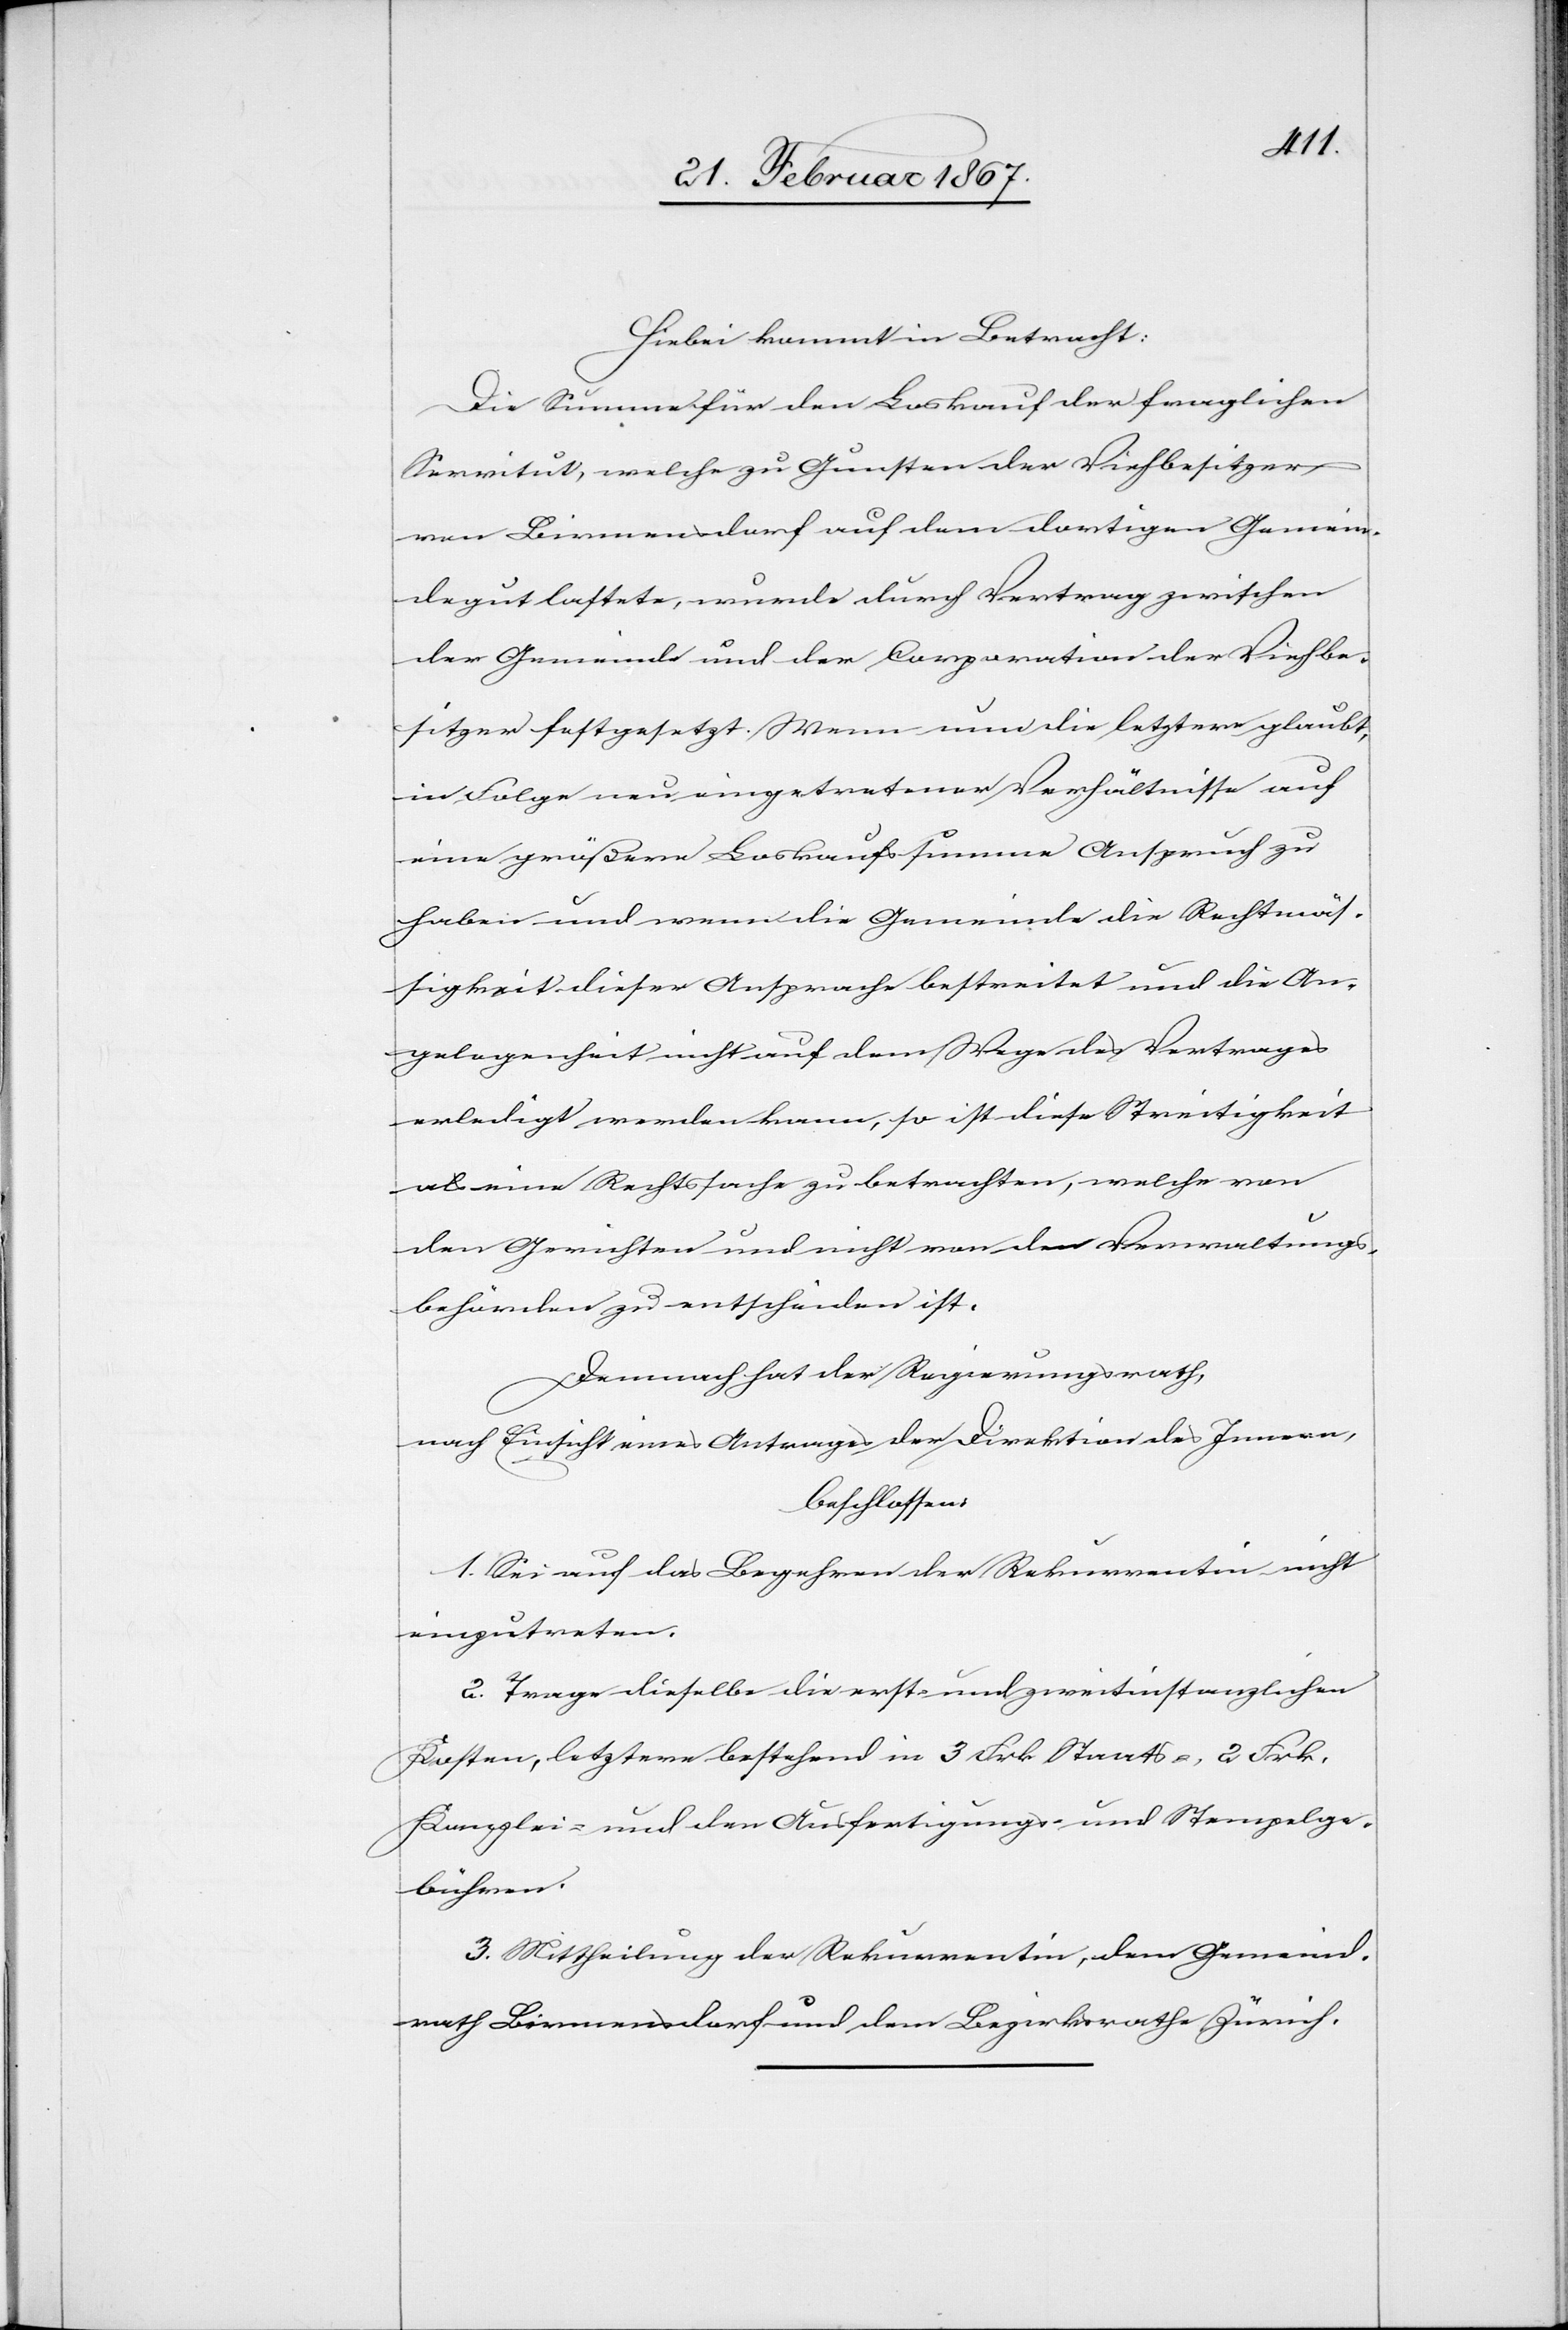
Hiebei kommt in Betracht:
Die Summe für den Loskauf der fraglichen
Servitut, welche zu Gunsten der Viehbesitzer
von Birmensdorf auf dem dortigen Gemein¬
degut lastete, wurde durch Vertrag zwischen
der Gemeinde und der Corporation der Viehbe¬
sitzer festgesetzt. Wenn nun die letztere glaubt,
in Folge neu eingetretener Verhältnisse auf
eine größere Loskaufssumme Anspruch zu
haben und wenn die Gemeinde die Rechtmäs¬
sigkeit dieser Ansprache bestreitet und die An¬
gelegenheit nicht auf dem Wege des Vertrages
erledigt werden kann, so ist diese Streitigkeit
als eine Rechtssache zu betrachten, welche von
den Gerichten und nicht von den Verwaltungs¬
behörden zu entscheiden ist.
Demnach hat der Regierungsrath,
nach Einsicht eines Antrages der Direktion des Innern,
beschlossen:
1. Sei auf das Begehren der Rekurrentin nicht
einzutreten.
2. Trage dieselbe die erst- und zweitinstanzlichen
Kosten, letztere bestehend in 3 Frk. Staats-, 2 Frk.
Kanzlei- und den Ausfertigungs- und Stempelge¬
bühren.
3. Mittheilung der Rekurrentin, dem Gemeind¬
rath Birmensdorf und dem Bezirksrathe Zürich.